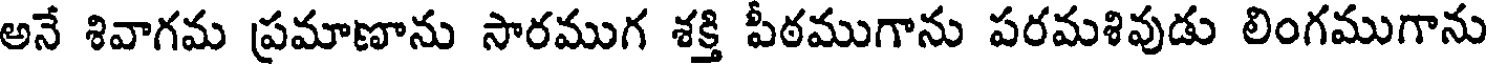
అనే శివాగమ ప్రమాణాను సారముగ శక్తి పీఠముగాను పరమశివుడు లింగముగాను